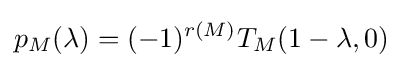
p_{M}(\lambda )=(-1)^{r(M)}T_{M}(1-\lambda ,0)